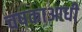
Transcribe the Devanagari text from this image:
चषकाआधी